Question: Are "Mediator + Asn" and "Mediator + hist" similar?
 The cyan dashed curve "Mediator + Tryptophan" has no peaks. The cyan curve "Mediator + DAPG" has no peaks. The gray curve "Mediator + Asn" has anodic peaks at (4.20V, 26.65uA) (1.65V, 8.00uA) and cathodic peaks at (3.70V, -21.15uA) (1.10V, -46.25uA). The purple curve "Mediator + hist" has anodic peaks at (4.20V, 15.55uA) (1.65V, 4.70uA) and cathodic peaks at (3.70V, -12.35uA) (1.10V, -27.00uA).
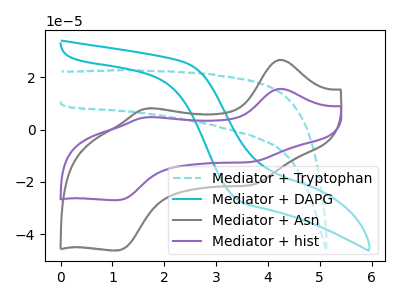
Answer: <think>All the peaks in "Mediator + Asn" have a peak in "Mediator + hist" at the same potential. Every peak in "Mediator + Asn" is higher than every peak in "Mediator + hist".
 </think>
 <answer>"Mediator + Asn" and "Mediator + hist" are similar in shape.</answer>
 <eval>same_shape</eval>